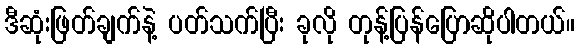
ဒီဆုံးဖြတ်ချက်နဲ့ ပတ်သက်ပြီး ခုလို တုန့်ပြန်ပြောဆိုပါတယ်။